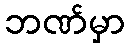
ဘဏ်မှာ